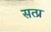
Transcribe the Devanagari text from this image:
सत्प्र